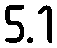
5.1